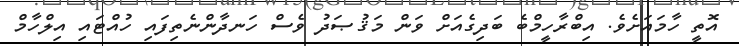
އޮތީ ހާމައަށެވެ. އިބްރާހީމްބެ ބަދިގެއަށް ވަން މަޤުޞަދު ވެސް ހަނދާންނެތިފައި ހުއްޓައި އިލްހާމް